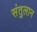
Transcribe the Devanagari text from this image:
संतुलान